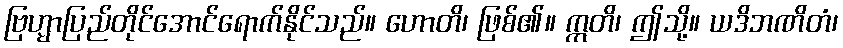
ဗြဟ္မာပြည်တိုင်အောင်ရောက်နိုင်သည်။ ဟောတိ၊ ဖြစ်၏။ ဣတိ၊ ဤသို့။ ယဒိဘဏိတံ၊